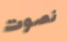
نصوت